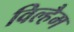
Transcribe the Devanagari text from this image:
विल्हैम